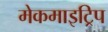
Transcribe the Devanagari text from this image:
मेकमाइट्रिप